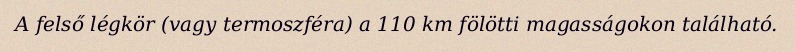
A felső légkör (vagy termoszféra) a 110 km fölötti magasságokon található.